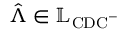
\hat { \boldsymbol { \Lambda } } \in \mathbb { L } _ { \mathrm { C D C } ^ { - } }